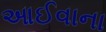
આઈવાના